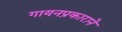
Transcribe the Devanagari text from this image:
गायनप्रकाराने